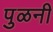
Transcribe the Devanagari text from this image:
पुळनी